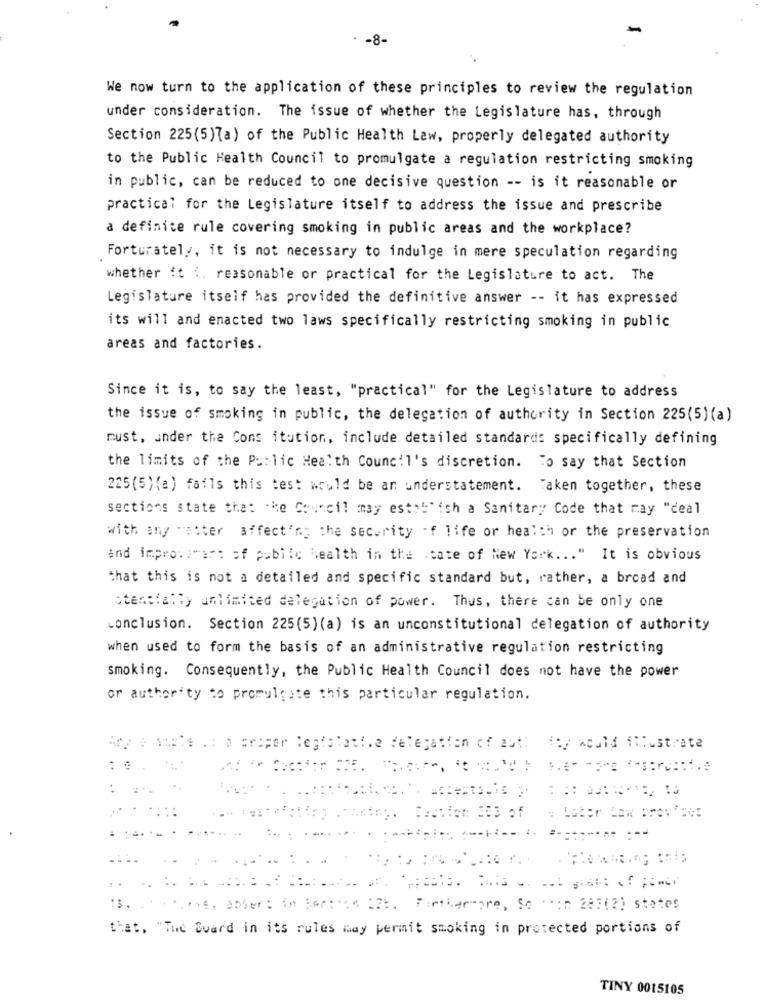
-8-
We now turn to the application of these principles to review the regulation
under consideration. The issue of whether the Legislature has, through
Section 225(5)7a) of the Public Health Law, properly delegated authority
to the Public Health Council to promulgate a regulation restricting smoking
in public, can be reduced to one decisive question -- is it reasonable or
practical for the Legislature itself to address the issue and prescribe
a definite rule covering smoking in public areas and the workplace?
Fortunately, it is not necessary to indulge in mere speculation regarding
whether it :. reasonable or practical for the Legislature to act. The
Legislature itself has provided the definitive answer -- it has expressed
its will and enacted two laws specifically restricting smoking in public
areas and factories.
Since it is, to say the least, "practical" for the Legislature to address
the issue of smoking in public, the delegation of authority in Section 225(5)(a)
must, under the Cons itution, include detailed standards specifically defining
the limits of the Public Health Council's discretion. To say that Section
225(5){a) fails this test would be an understatement. Taken together, these
sections state that the Council may establish a Sanitary Code that may "deal
with any wetter affecting the security of life or health or the preservation
and improvement of public health in the state of New York ... " It is obvious
that this is not a detailed and specific standard but, rather, a broad and
stentfally unlimited delegation of power. Thus, there can be only one
conclusion. Section 225(5) (a) is an unconstitutional delegation of authority
when used to form the basis of an administrative regulation restricting
smoking. Consequently, the Public Health Council does not have the power
or authority to promulgate this particular regulation.
.: a proper legislati.e delegation of auth Hey would illustrate
:
...
..
13. .. ....... ebbe75 in Section 126. Furthermore, So ** in 287(2) states
that. "The Svard in its rules may permit smoking in protected portions of
TINY 0015105